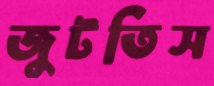
জুটতিস